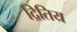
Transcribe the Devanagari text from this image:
द्रितिय